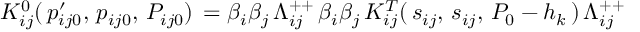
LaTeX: K _ { i j } ^ { 0 } ( \, p _ { i j 0 } ^ { \prime } , \, p _ { i j 0 } , \, P _ { i j 0 } ) \, = \beta _ { i } \beta _ { j } \, \Lambda _ { i j } ^ { + + } \, \beta _ { i } \beta _ { j } \, K _ { i j } ^ { T } ( \, s _ { i j } , \, s _ { i j } , \, P _ { 0 } - h _ { k } \, ) \, \Lambda _ { i j } ^ { + + }